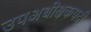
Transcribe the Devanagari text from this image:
उपअधीक्षकपदी